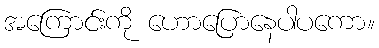
အကြောင်းကို ဟောပြောနေပါပကော။